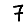
Digit: 7